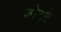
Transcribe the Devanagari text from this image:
जोड्ते